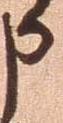
申